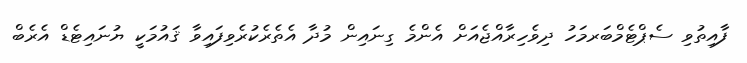
ފާއިތުވި ސެޕްޓެމްބަރމަހު ދިވެހިރާއްޖެއަށް އެންމެ ގިނައިން މުދާ އެތެރެކުރެވިފައިވާ ޤައުމަކީ ޔުނައިޓެޑް އެރެބް